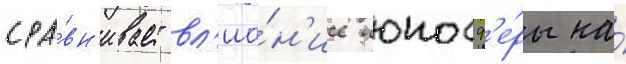
сра́вн'ивает вл'иа́н'ие ионосф'е́ры на́